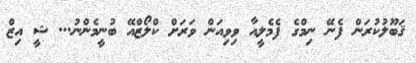
ޤަބޫލުކުރަން ފެނޭ ނިމްގެ ފެމެލީއާ ވިވިއަން ވަރަށް ކްލޯޒްއޭ ބުނީމެންނު... ޝީ އިޒް